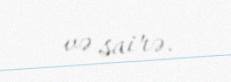
və sairə.